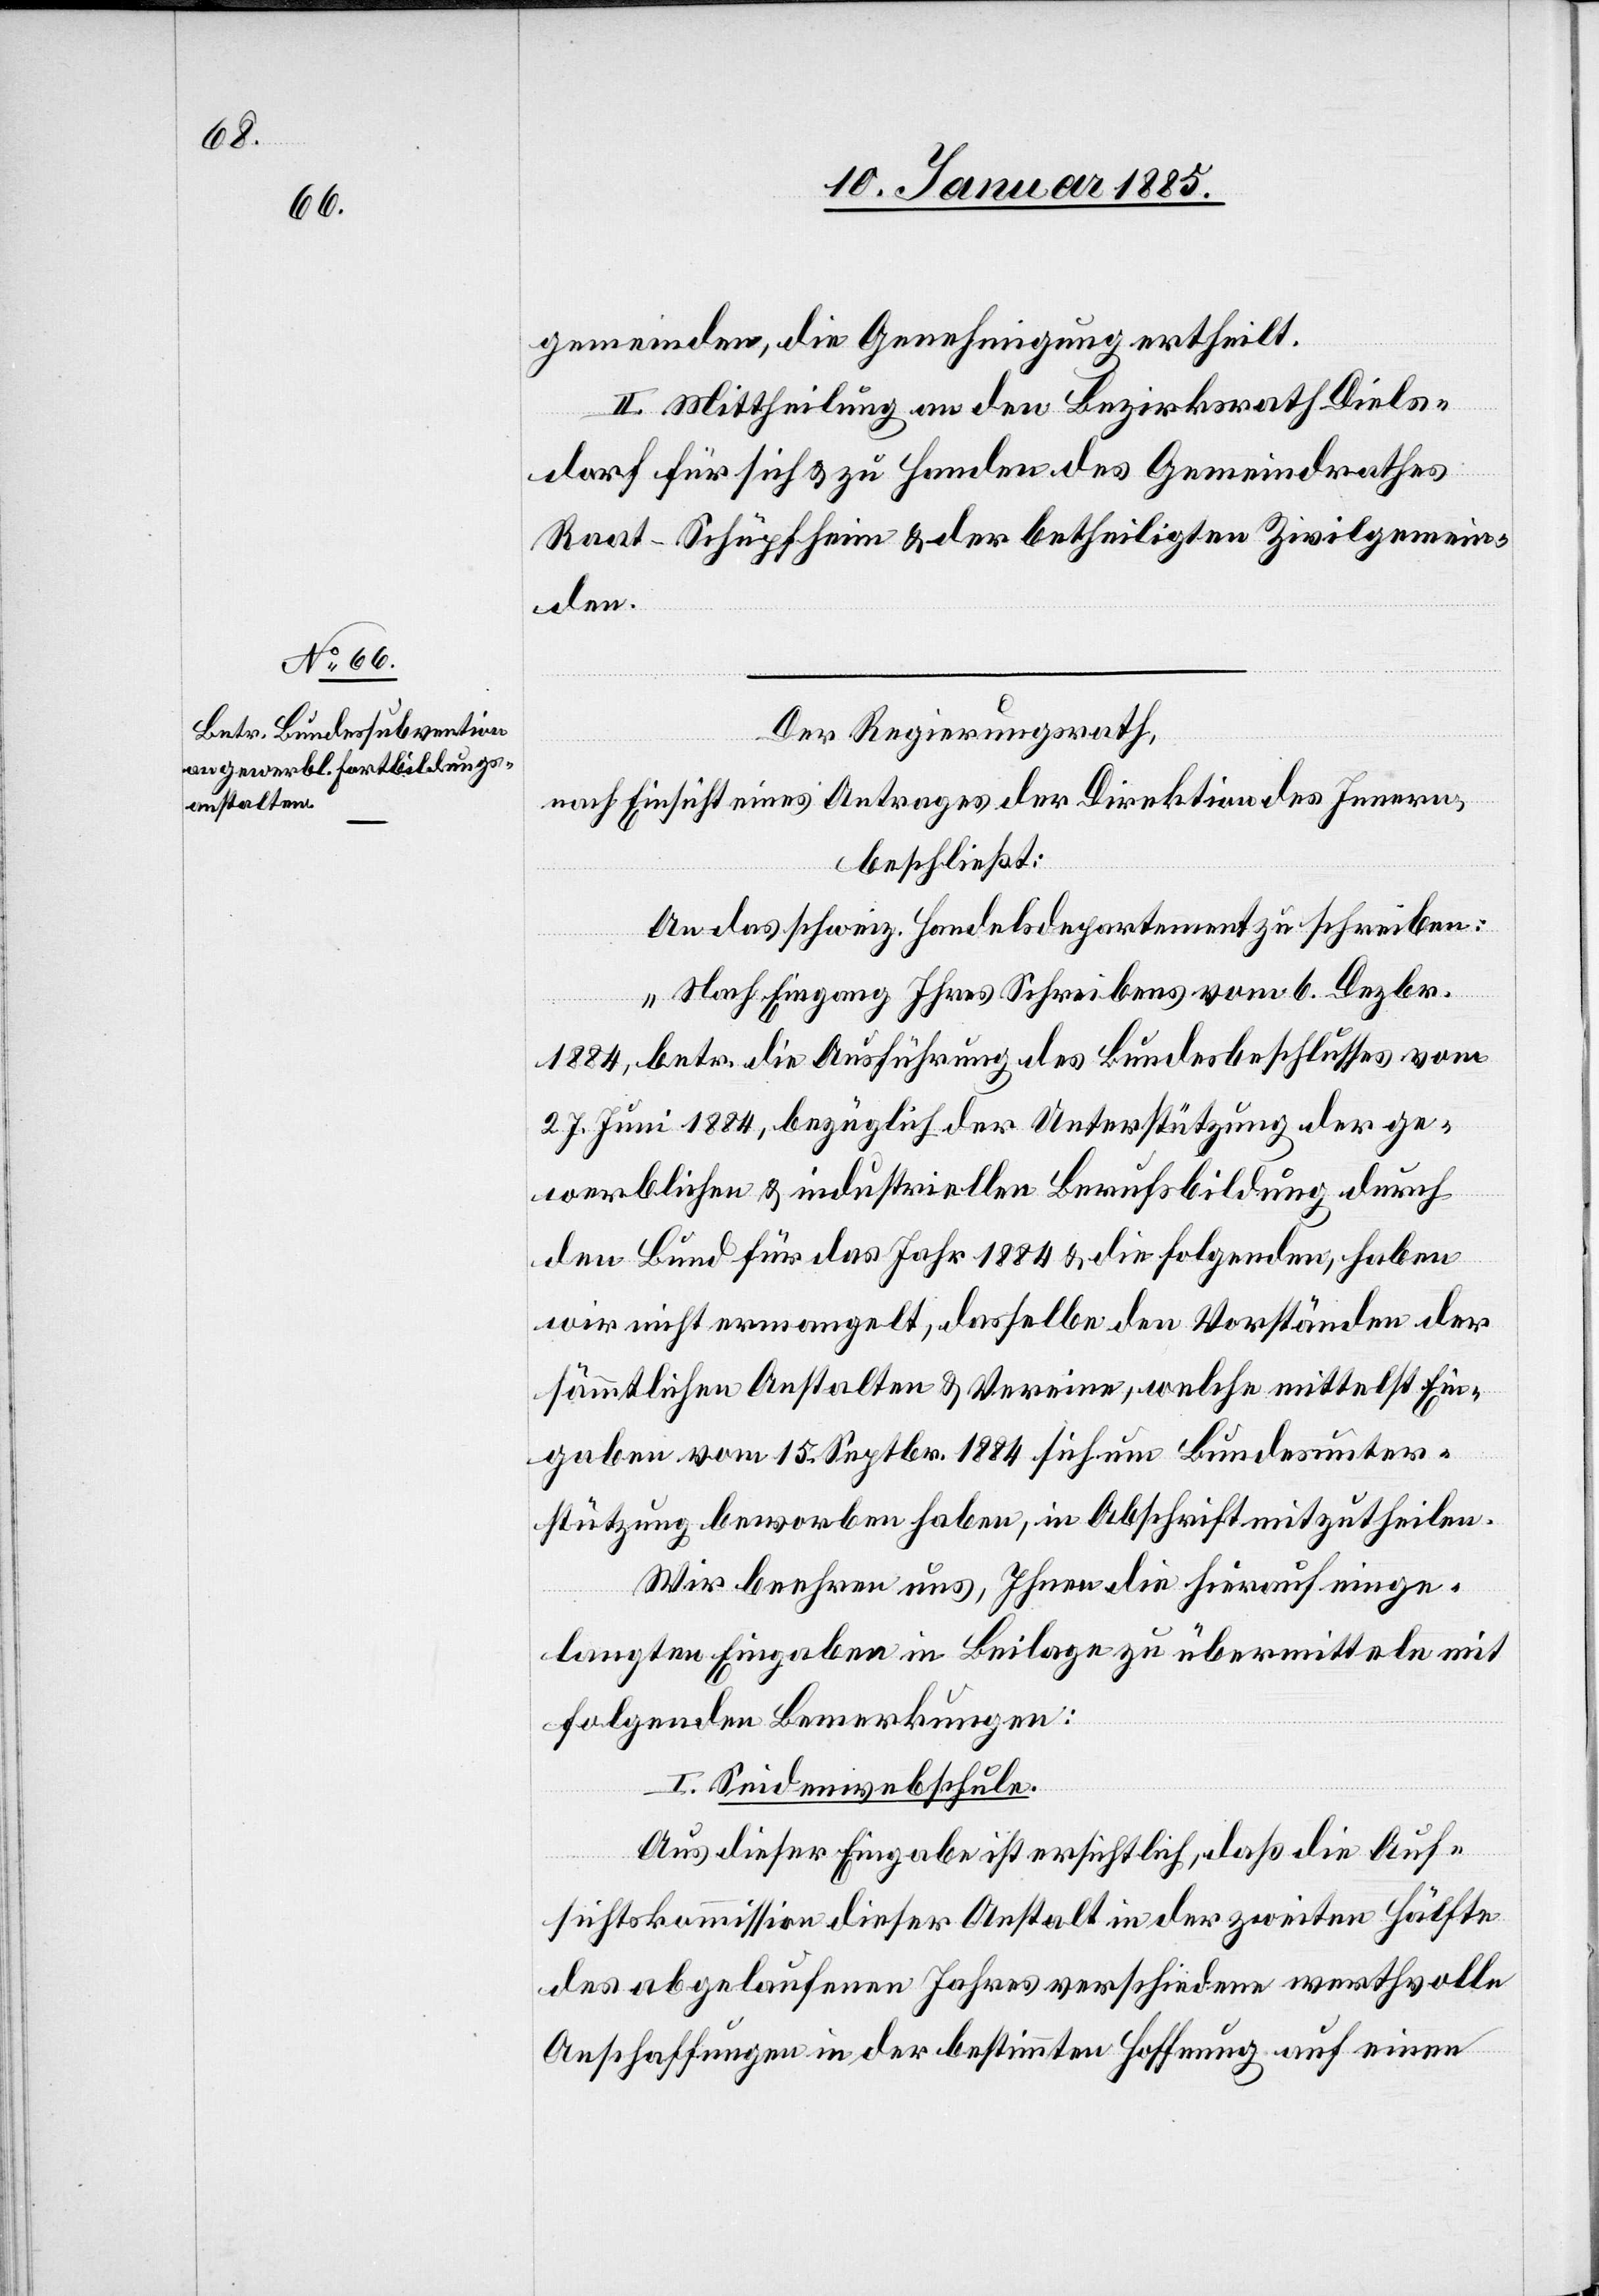
gemeinden, die Genehmigung ertheilt.
II. Mittheilung an den Bezirksrath Diels¬
dorf für sich & zu Handen des Gemeindrathes
Raat-Schüpfheim & der betheiligten Zivilgemein¬
den.
Der Regierungsrath,
nach Einsicht eines Antrages der Direktion des Innern,
beschließt:
An das schweiz. Handelsdepartement zu schreiben:
„Nach Eingang Ihres Schreibens vom 6. Dezbr.
1884, betr. die Ausführung des Bundesbeschlusses vom
27. Juni 1884, bezüglich der Unterstützung der ge¬
werblichen & industriellen Berufsbildung durch
den Bund für das Jahr 1884 & die folgenden, haben
wir nicht ermangelt, dasselbe den Vorständen der
sämmtlichen Anstalten & Vereinen, welche mittelst Ein¬
gaben vom 15. Septbr. 1884 sich um Bundessunter¬
stützung beworben haben, in Abschrift mitzutheilen.
Wir beehren uns, Ihnen die hierauf einge¬
langten Eingaben in Beilage zu übermitteln mit
folgenden Bemerkungen:
I. Seidenwebschule.
Aus dieser Eingabe ist ersichtliche, daß die Auf¬
sichtskommission dieser Anstalt in der zweiten Hälfte
des abgelaufenen Jahres verschiedene werthvolle
Anschaffungen in der bestimmten Hoffnung auf einen